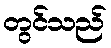
တွင်သည်